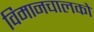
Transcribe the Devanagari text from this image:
विमानचालको